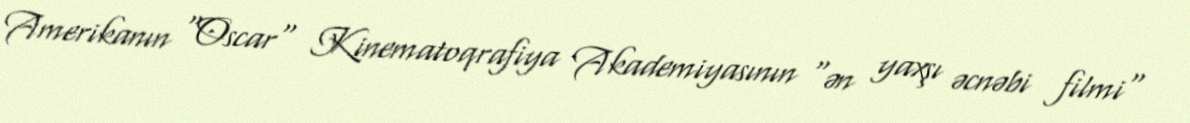
Amerikanın "Oscar" Kinematoqrafiya Akademiyasının "ən yaxşı əcnəbi filmi"